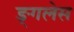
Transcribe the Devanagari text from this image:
ङ्गलेस